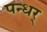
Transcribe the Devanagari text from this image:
पन्धर्